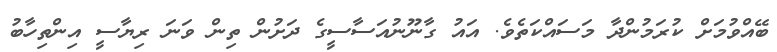
ބޭއްވުމަށް ކުރަމުންދާ މަސައްކަތެވެ. އައު ގާނޫނުއަސާސީގެ ދަށުން ތިން ވަނަ ރިޔާސީ އިންތިހާބު